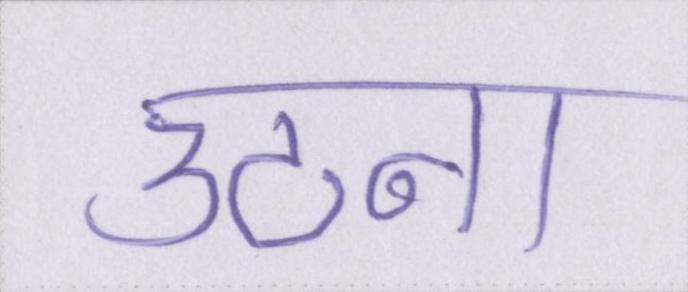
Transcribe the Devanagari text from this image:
उठना